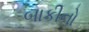
બાકીનો